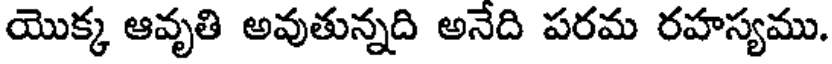
యొక్క ఆవృతి అవుతున్నది అనేది పరమ రహస్యము.